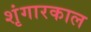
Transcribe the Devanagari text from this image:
शृंगारकाल